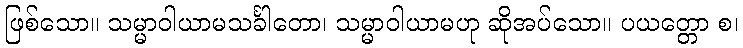
ဖြစ်သော။ သမ္မာဝါယာမသင်္ခါတော၊ သမ္မာဝါယာမဟု ဆိုအပ်သော။ ပယတ္တော စ၊